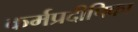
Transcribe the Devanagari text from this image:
कर्मप्रदीपिका